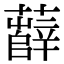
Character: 𧃎